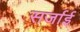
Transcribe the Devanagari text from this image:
सर्जाई